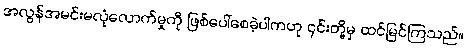
အလွန်အမင်းမလုံလောက်မှုကို ဖြစ်ပေါ်စေခဲ့ပါကဟု ၎င်းတို့မှ ထင်မြင်ကြသည်။